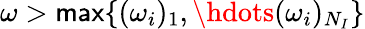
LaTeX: \omega>\mathsf{max}\{ (\omega_{i})_{1},\hdots(\omega_{i})_{N_{I}}\}